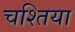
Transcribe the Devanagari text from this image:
चश्तिया